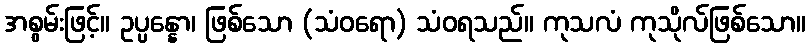
အစွမ်းဖြင့်။ ဥပ္ပန္နော၊ ဖြစ်သော (သံဝရော) သံဝရသည်။ ကုသလံ ကုသိုလ်ဖြစ်သော။